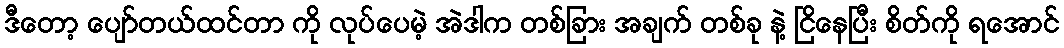
ဒီတော့ ပျော်တယ်ထင်တာ ကို လုပ်ပေမဲ့ အဲဒါက တစ်ခြား အချက် တစ်ခု နဲ့ ငြိနေပြီး စိတ်ကို ရအောင်